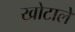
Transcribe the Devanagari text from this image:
खोटाले